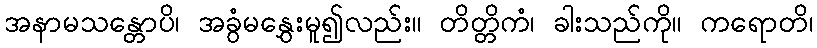
အနာမသန္တောပိ၊ အခွံမနွှေးမူ၍လည်း။ တိတ္တိကံ၊ ခါးသည်ကို။ ကရောတိ၊